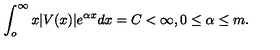
\int _ { o } ^ { \infty } x | V ( x ) | e ^ { \alpha x } d x = C < \infty , 0 \leq \alpha \leq m .